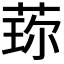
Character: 𬝍